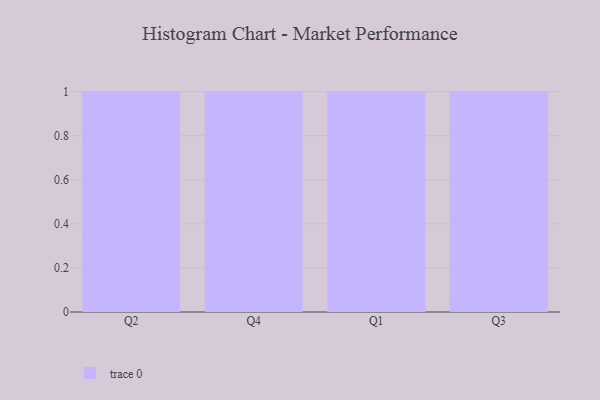
{"axis": {"x": "Quarter", "y": "Population (Million)"}, "legend": [""], "data": [{"x": "Q2", "y": 93, "type": ""}, {"x": "Q4", "y": 22, "type": ""}, {"x": "Q1", "y": 22, "type": ""}, {"x": "Q3", "y": 11, "type": ""}]}